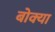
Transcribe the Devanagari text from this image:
बोक्‍या